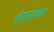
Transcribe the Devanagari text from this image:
शृंगाराचेच